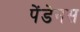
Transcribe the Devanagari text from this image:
पेंडेनस